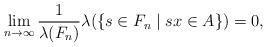
LaTeX: \begin{align*}\lim_{n \rightarrow \infty} \frac{1}{\lambda(F_n)}\lambda(\{s \in F_n\mid sx \in A\}) =0,\end{align*}